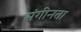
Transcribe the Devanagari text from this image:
संगीनता